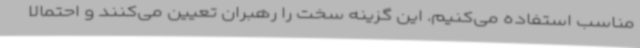
مناسب استفاده می‌کنیم. این گزینه سخت را رهبران تعیین می‌کنند و احتمالا